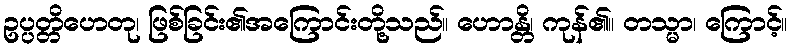
ဥပ္ပတ္တိဟေတု၊ ဖြစ်ခြင်း၏အကြောင်းတို့သည်။ ဟောန္တိ၊ ကုန်၏။ တသ္မာ၊ ကြောင့်။